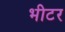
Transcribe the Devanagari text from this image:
भीटर